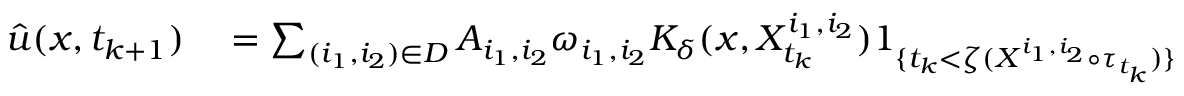
\begin{array} { r l } { \Hat { u } ( x , t _ { k + 1 } ) } & { { } = \sum _ { ( i _ { 1 } , i _ { 2 } ) \in D } A _ { i _ { 1 } , i _ { 2 } } \omega _ { i _ { 1 } , i _ { 2 } } K _ { \delta } ( x , X _ { t _ { k } } ^ { i _ { 1 } , i _ { 2 } } ) 1 _ { \{ t _ { k } < \zeta ( X ^ { i _ { 1 } , i _ { 2 } } \circ \tau _ { t _ { k } } ) \} } } \end{array}